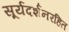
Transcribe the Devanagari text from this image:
सूर्यदर्शनरहित